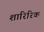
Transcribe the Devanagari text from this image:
शारिरिक